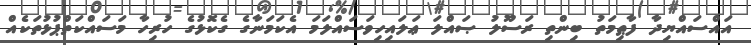
އައްސައްޔިދާ ފާޠިމަތު ބިންތި ރަސޫލު ޞައްލަ ޢަލައިހިވަސައްލަމަ އެކަމަނާގެ ގެކޮޅުގެ ހުރިހާ މަސައްކަތްޕުޅުތަކެއް